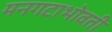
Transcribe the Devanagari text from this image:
मनगटाभोवती